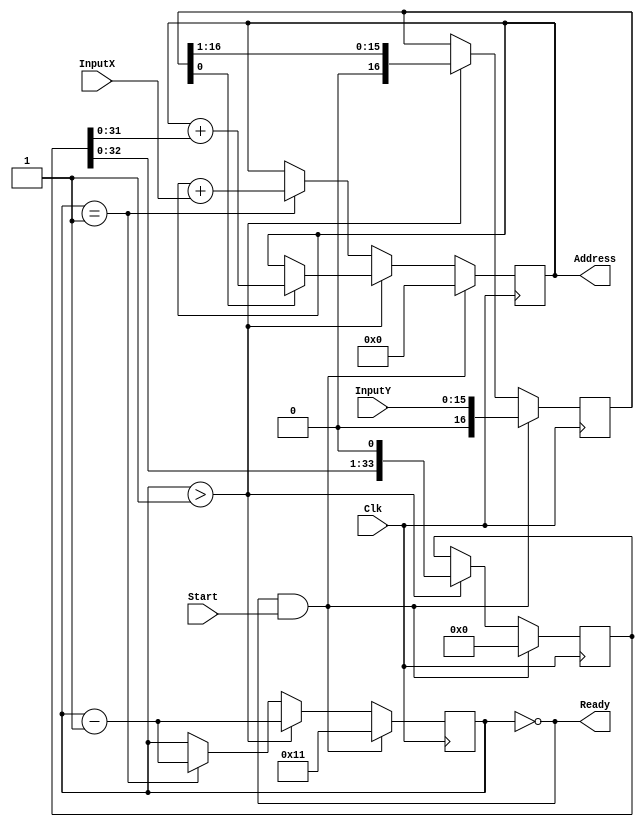
`timescale 1ns / 1ps
`ifndef LIB_STYCZYNSKI_LUA_V
`define LIB_STYCZYNSKI_LUA_V


/*
 * Piotr Styczyski @styczynski
 * Verilog Components Library
 *
 * Divider for integer division.
 * Integers are INPUT_BIT_WIDTH bits width.
 * The divider supports signed and unsigned inputs.
 *
 * If you want to use only unisgned mode please set input Sign to 0.
 * If you want to use signed mode please set input Sign to 1.
 * 
 *
 * MIT License
 */
module LUA
#(
    parameter DATA_WIDTH = 16,
    parameter BLOCK_SIZE = 0
)
(
   input wire [DATA_WIDTH-1:0] InputX,
   input wire [DATA_WIDTH-1:0] InputY,
   input wire Start,
   input wire Clk,
   output reg [(2*DATA_WIDTH)-1:0] Address,
   output wire Ready
);

   reg [DATA_WIDTH:0] InputYCopy;
   reg [(2*DATA_WIDTH)+1:0] ShiftValue;
   
   reg [$clog2(DATA_WIDTH)+1:0] Bit; 
   assign Ready = (Bit == 0);
   
   initial Bit = 0;

   always @(posedge Clk)
   begin
        if(Ready && Start)
        begin
                Bit <= DATA_WIDTH+1;
                Address <= 0;
                ShiftValue <= { {DATA_WIDTH{1'd0}}, BLOCK_SIZE };
                InputYCopy <= InputY;
            end
        else if(Bit > 1)
            begin
                if(InputYCopy[0] == 1'b1)
                begin
                    Address <= Address + ShiftValue;
                end
                InputYCopy <= InputYCopy >> 1;
                ShiftValue <= ShiftValue << 1;
                Bit <= Bit - 1;
            end
        else if(Bit == 1)
            begin
                Address <= Address + InputX;
                Bit <= Bit - 1;
            end
   end
     
endmodule

`endif